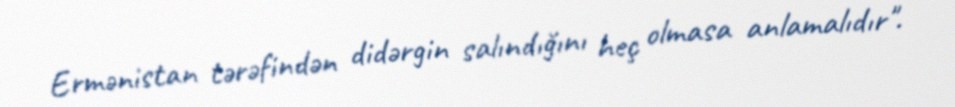
Ermənistan tərəfindən didərgin salındığını heç olmasa anlamalıdır".